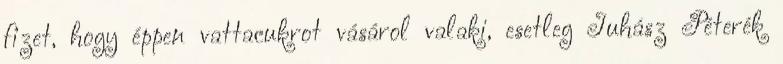
fizet, hogy éppen vattacukrot vásárol valaki, esetleg Juhász Péterék